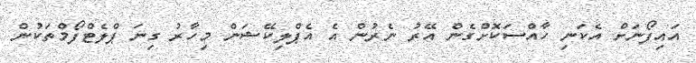
އައިފޯނަށް އެކަނި ހާއްސަކޮށްގެން އޭރު ނެރުން އެ އެޕްލިކޭޝަން މިހާރު ގިނަ ޕްލެޓްފޯމްތަކުން